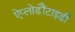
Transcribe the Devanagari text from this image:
ऐप्लोडौंटाइडी